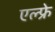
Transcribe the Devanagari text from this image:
एल्फ्रे